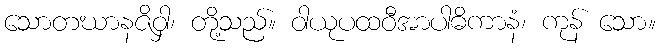
သောတဃာနဇိဝှါ၊ တို့သည်။ ဝါယုပထဝီအာပါဓိကာနံ၊ ကုန် သော။